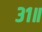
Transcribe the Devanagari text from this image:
३१॥